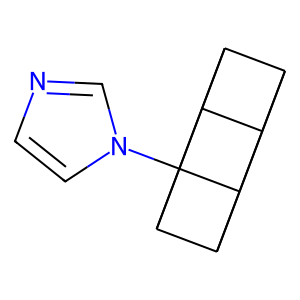
SMILES: c1cn(C23C4C5C6C4C2C6C53)cn1
Inhibits HIV replication: No